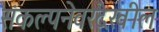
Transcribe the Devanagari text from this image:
संकल्पनेवरदेखील